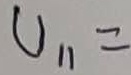
Text: U11=